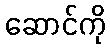
ဆောင်ကို